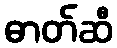
ဓာတ်ဆီ